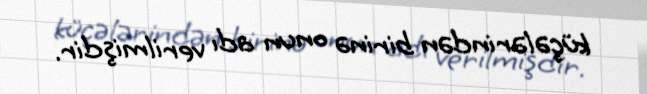
küçələrindən birinə onun adı verilmişdir.